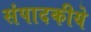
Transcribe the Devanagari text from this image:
संपादकीये